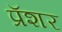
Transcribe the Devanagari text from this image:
प्रॅशर